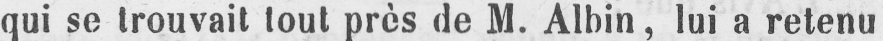
qui se trouvait tout près de M. Albin, lui a retenu